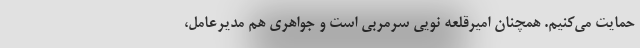
حمایت می‌کنیم. همچنان امیرقلعه نویی سرمربی است و جواهری هم مدیرعامل،